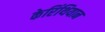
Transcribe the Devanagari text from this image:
केरिंथियान